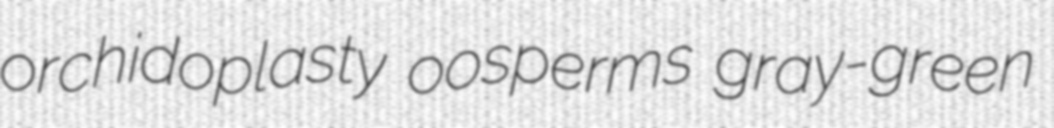
orchidoplasty oosperms gray-green